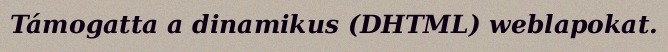
Támogatta a dinamikus (DHTML) weblapokat.